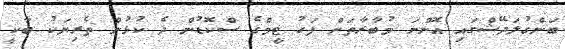
ބަންގުލަދޭޝްގައި އޮންނަ މުބާރާތަށް ފަހު ޓީމްގެ ސްކޮޑުން ދެ ކުޅުން ތެރިޔަކު ބާކީ